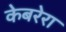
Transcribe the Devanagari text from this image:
केबरेरा